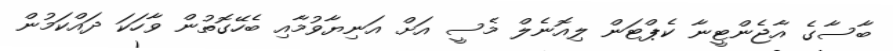
ބާސާގެ އާޖެންޓީނާ ކެޕްޓަން ލިއޮނެލް މެސީ އަށް އަނިޔާވުމާއި ބެހޭގޮތުން ވާހަކަ ދައްކަމުން